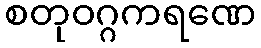
စတုဝဂ္ဂကရဏေ